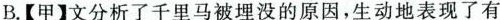
B.【甲】文分析了千里马被埋没的原因，生动地表现了有